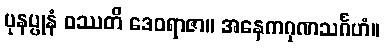
ပုနပ္ပုနံ ဝဿတိ ဒေဝရာဇာ။ အနေကဂုဏသင်္ဂဟံ။